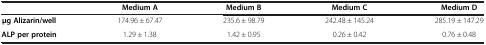
<table><thead><tr><td><b> </b></td><td><b>Medium A</b></td><td><b>Medium B</b></td><td><b>Medium C</b></td><td><b>Medium D</b></td></tr></thead><tbody><tr><td><b>μg Alizarin/well</b></td><td>174.96 ± 67.47</td><td>235.6 ± 98.79</td><td>242.48 ± 145.24</td><td>285.19 ± 147.29</td></tr><tr><td><b>ALP per protein</b></td><td>1.29 ± 1.38</td><td>1.42 ± 0.95</td><td>0.26 ± 0.42</td><td>0.76 ± 0.48</td></tr></tbody></table>